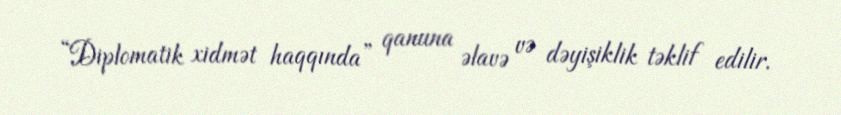
“Diplomatik xidmət haqqında” qanuna əlavə və dəyişiklik təklif edilir.